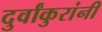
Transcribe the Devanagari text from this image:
दुर्वांकुरांनी